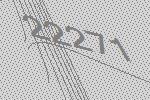
22271